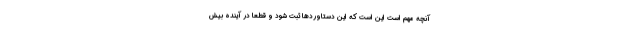
آنچه مهم است این است که این دستاوردها ثبت شود و قطعا در آینده بیش